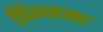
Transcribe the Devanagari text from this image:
पिन्नमा